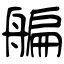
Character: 艑